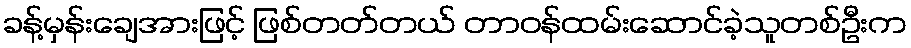
ခန့်မှန်းချေအားဖြင့် ဖြစ်တတ်တယ် တာဝန်ထမ်းဆောင်ခဲ့သူတစ်ဦးက